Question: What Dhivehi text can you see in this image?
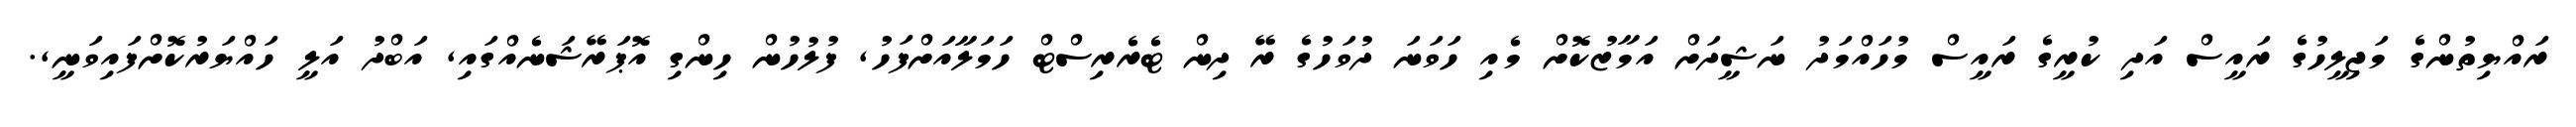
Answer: ރައްޔިތުންގެ މަޖިލީހުގެ ރައީސް އަދި ކުރީގެ ރައީސް މުހައްމަދު ނަޝީދަށް އަމާޒުކޮށް މެއި ހަވަނަ ދުވަހުގެ ރޭ ދިން ޓެރެރިސްޓް ހަމަލާއަށްފަހު, ފުލުހުން ހިންގި އޮޕަރޭޝަނެއްގައި, އަބްދު އަލީ ހައްޔަރުކޮށްފައިވަނީ,.